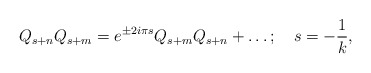
\begin{align*}Q_{s+n}Q_{s+m}=e^{\pm 2i{\pi} s}Q_{s+m}Q_{s+n}+ \ldots;\quad s={-{1\over k}},\end{align*}